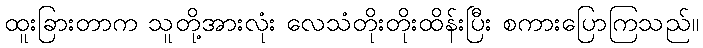
ထူးခြားတာက သူတို့အားလုံး လေသံတိုးတိုးထိန်းပြီး စကားပြောကြသည်။